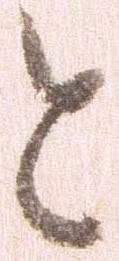
と